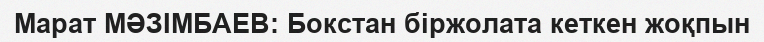
Марат МӘЗІМБАЕВ: Бокстан біржолата кеткен жоқпын